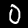
Label: 0